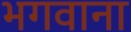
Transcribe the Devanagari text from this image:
भगवाना